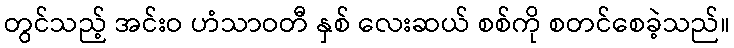
တွင်သည့် အင်းဝ ဟံသာဝတီ နှစ် လေးဆယ် စစ်ကို စတင်စေခဲ့သည်။